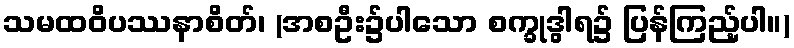
သမထဝိပဿနာစိတ်၊ (အစဦး၌ပါသော စက္ခုဒွါရ၌ ပြန်ကြည့်ပါ။)